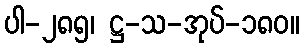
ပါ-၂၈၅၊ ဋ္ဌ-သ-အုပ်-၁၈၀။